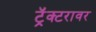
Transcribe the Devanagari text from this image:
ट्रॅक्टरावर